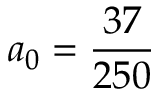
a _ { 0 } = \frac { 3 7 } { 2 5 0 }